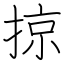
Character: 掠